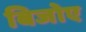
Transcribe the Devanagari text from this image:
बिजोए